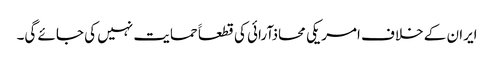
ایران کے خلاف امریکی محاذآرائی کی قطعاََ حمایت نہیں کی جائے گی۔